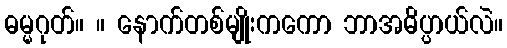
ဓမ္မဂုတ်။ ။ နောက်တစ်မျိုးကကော ဘာအဓိပ္ပာယ်လဲ။